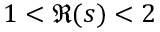
1 < \Re ( s ) < 2